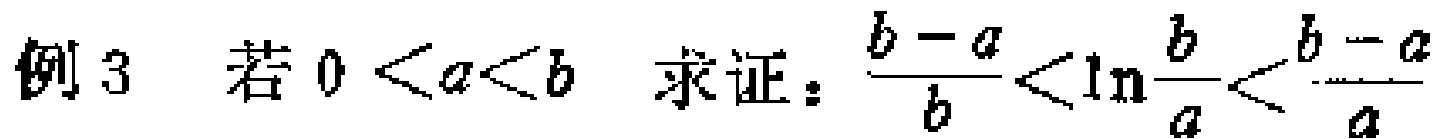
例3 若 \(0 < a < b\) 求证：\(\frac{b - a}{b} < \ln\frac{b}{a} < \frac{b - a}{a}\)